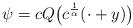
LaTeX: \begin{align*} \psi=c Q\big(c^{\frac1\alpha}(\cdot+y)\big)\end{align*}